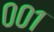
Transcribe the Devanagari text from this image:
००१